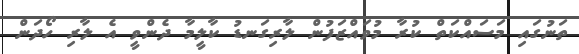
ތަނުގައި މަސައްކަތް ކުރާ މުވައްޒަފުން ލާރިގަނޑު ކާލީމާ ދެންވީ އެ ލާރި ހޯދަން